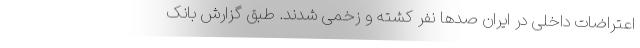
اعتراضات داخلی در ایران صدها نفر کشته و زخمی شدند. طبق گزارش بانک